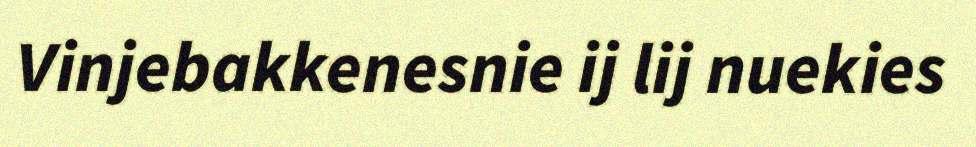
Vinjebakkenesnie ij lij nuekies